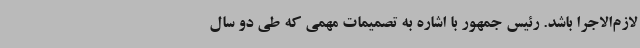
لازم‌الاجرا باشد. رئیس جمهور با اشاره به تصمیمات مهمی که طی دو سال